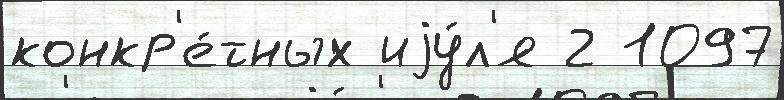
конкр'е́тных иjу́л'я 2 1097